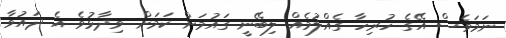
ނަމަވެސް އޭގެ ހުރިހާ ގެއްލުމެއް ލިބޭނީ ގައުމަށް ކަމަށް ވިދާޅުވެ އެ ދައުވާ